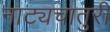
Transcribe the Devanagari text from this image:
नाट्यचातुरी